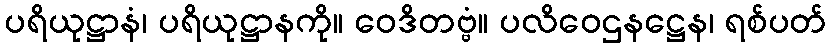
ပရိယုဋ္ဌာနံ၊ ပရိယုဋ္ဌာနကို။ ဝေဒိတဗ္ဗံ။ ပလိဝေဌနဋ္ဌေန၊ ရစ်ပတ်